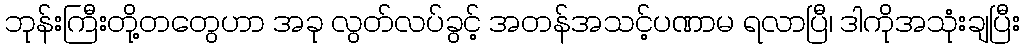
ဘုန်းကြီးတို့တတွေဟာ အခု လွတ်လပ်ခွင့် အတန်အသင့်ပဏာမ ရလာပြီ၊ ဒါကိုအသုံးချပြီး